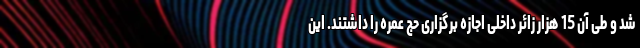
شد و طی آن 15 هزار زائر داخلی اجازه برگزاری حج عمره را داشتند. این